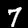
Label: 7